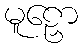
မူဠှော